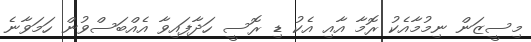
މިސީޒަން ނިމުމާއެކު ރޮމާ އާއި އެކު ޑި ރޮސީ ހަދާފައިވާ އެއްބަސްވުން ހަމަވާނެ